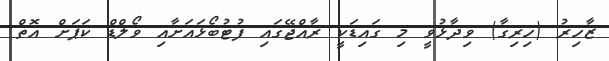
ޒާހިރު (ހިރިގާ) ވިދާޅުވީ މި ގައިޑަކީ ރާއްޖޭގައި ފުޓުބޯޅައަށާއި ވޯލްޑް ކަޕަށް އޮތް